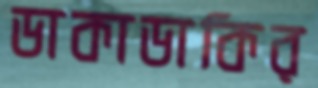
ডাকাডাকির